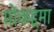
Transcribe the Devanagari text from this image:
मोकद्दमा